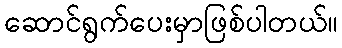
ဆောင်ရွက်ပေးမှာဖြစ်ပါတယ်။